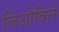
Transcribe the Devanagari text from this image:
लिओविले